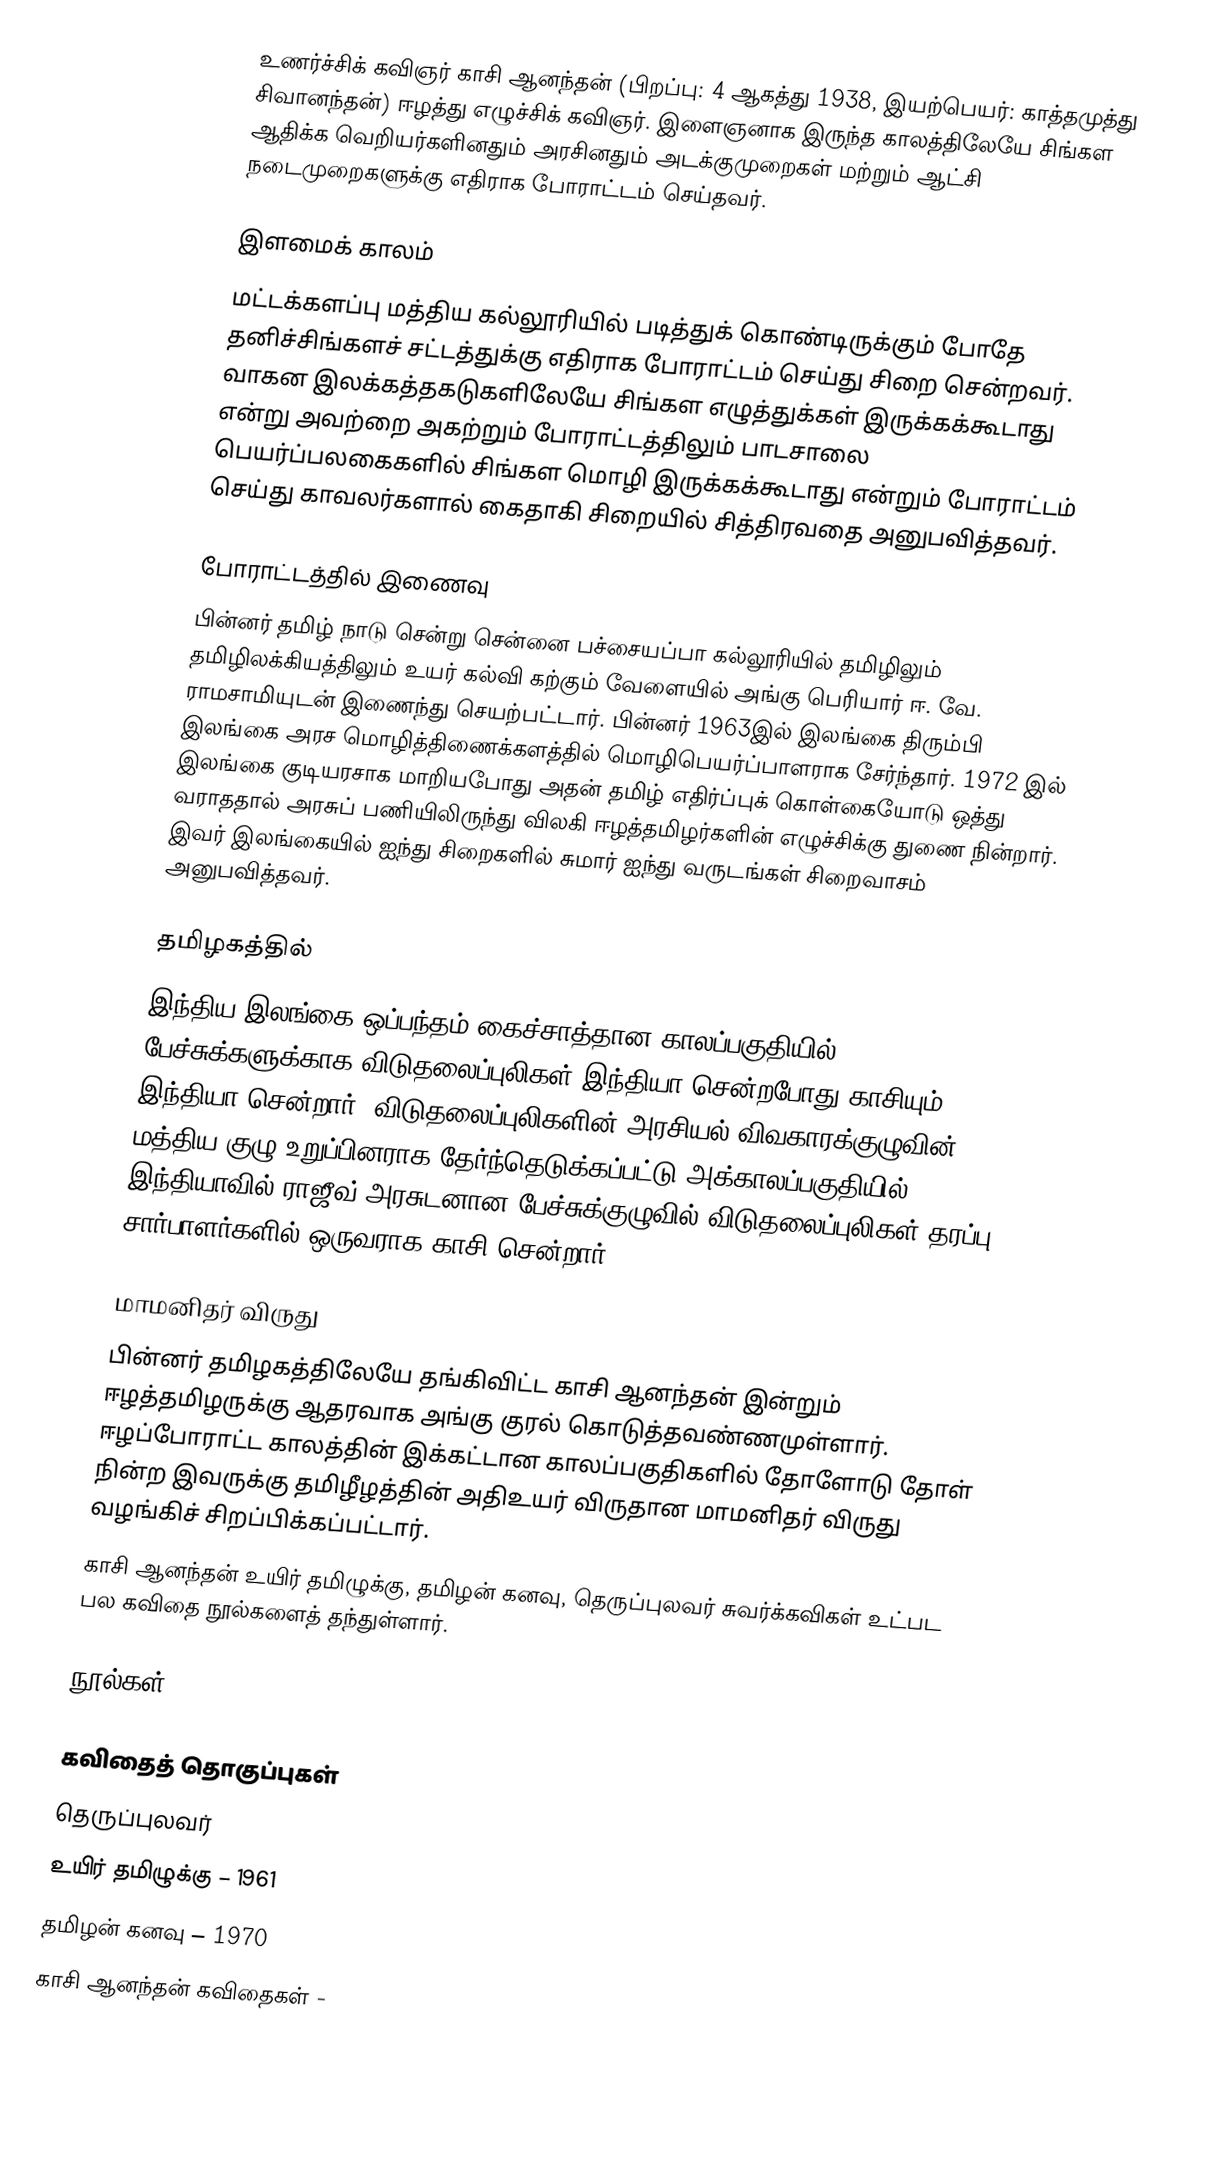
உணர்ச்சிக் கவிஞர் காசி ஆனந்தன் (பிறப்பு: 4 ஆகத்து 1938, இயற்பெயர்: காத்தமுத்து சிவானந்தன்) ஈழத்து எழுச்சிக் கவிஞர். இளைஞனாக இருந்த காலத்திலேயே சிங்கள ஆதிக்க வெறியர்களினதும் அரசினதும் அடக்குமுறைகள் மற்றும் ஆட்சி நடைமுறைகளுக்கு எதிராக போராட்டம் செய்தவர்.

இளமைக் காலம்
மட்டக்களப்பு மத்திய கல்லூரியில் படித்துக் கொண்டிருக்கும் போதே தனிச்சிங்களச் சட்டத்துக்கு எதிராக போராட்டம் செய்து சிறை சென்றவர். வாகன இலக்கத்தகடுகளிலேயே சிங்கள எழுத்துக்கள் இருக்கக்கூடாது என்று அவற்றை அகற்றும் போராட்டத்திலும் பாடசாலை பெயர்ப்பலகைகளில் சிங்கள மொழி இருக்கக்கூடாது என்றும் போராட்டம் செய்து காவலர்களால் கைதாகி சிறையில் சித்திரவதை அனுபவித்தவர்.

போராட்டத்தில் இணைவு
பின்னர் தமிழ் நாடு சென்று சென்னை பச்சையப்பா கல்லூரியில் தமிழிலும் தமிழிலக்கியத்திலும் உயர் கல்வி கற்கும் வேளையில் அங்கு பெரியார் ஈ. வே. ராமசாமியுடன் இணைந்து செயற்பட்டார். பின்னர் 1963இல் இலங்கை திரும்பி இலங்கை அரச மொழித்திணைக்களத்தில் மொழிபெயர்ப்பாளராக சேர்ந்தார். 1972 இல் இலங்கை குடியரசாக மாறியபோது அதன் தமிழ் எதிர்ப்புக் கொள்கையோடு ஒத்து வராததால் அரசுப் பணியிலிருந்து விலகி ஈழத்தமிழர்களின் எழுச்சிக்கு துணை நின்றார். இவர் இலங்கையில் ஐந்து சிறைகளில் சுமார் ஐந்து வருடங்கள் சிறைவாசம் அனுபவித்தவர்.

தமிழகத்தில்
இந்திய இலங்கை ஒப்பந்தம் கைச்சாத்தான காலப்பகுதியில் பேச்சுக்களுக்காக விடுதலைப்புலிகள் இந்தியா சென்றபோது காசியும் இந்தியா சென்றார். விடுதலைப்புலிகளின் அரசியல் விவகாரக்குழுவின் மத்திய குழு உறுப்பினராக தேர்ந்தெடுக்கப்பட்டு அக்காலப்பகுதியில் இந்தியாவில் ராஜீவ் அரசுடனான பேச்சுக்குழுவில் விடுதலைப்புலிகள் தரப்பு சார்பாளர்களில் ஒருவராக காசி சென்றார்.

மாமனிதர் விருது
பின்னர் தமிழகத்திலேயே தங்கிவிட்ட காசி ஆனந்தன் இன்றும் ஈழத்தமிழருக்கு ஆதரவாக அங்கு குரல் கொடுத்தவண்ணமுள்ளார். ஈழப்போராட்ட காலத்தின் இக்கட்டான காலப்பகுதிகளில் தோளோடு தோள் நின்ற இவருக்கு தமிழீழத்தின் அதிஉயர் விருதான மாமனிதர் விருது வழங்கிச் சிறப்பிக்கப்பட்டார்.
காசி ஆனந்தன் உயிர் தமிழுக்கு, தமிழன் கனவு, தெருப்புலவர் சுவர்க்கவிகள் உட்பட பல கவிதை நூல்களைத் தந்துள்ளார்.

நூல்கள்

கவிதைத் தொகுப்புகள்
 தெருப்புலவர்
 உயிர் தமிழுக்கு – 1961
 தமிழன் கனவு – 1970
 காசி ஆனந்தன் கவிதைகள் -